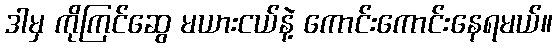
ဒါမှ ကိုကြင်ဆွေ မယားငယ်နဲ့ ကောင်းကောင်းနေရမယ်။